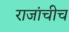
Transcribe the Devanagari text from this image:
राजांचीच